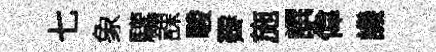
七象驩課駿霽施譔偉譏